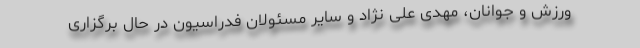
ورزش و جوانان، مهدی علی نژاد و سایر مسئولان فدراسیون در حال برگزاری